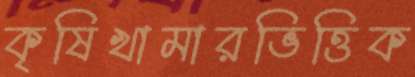
কৃষিখামারভিত্তিক